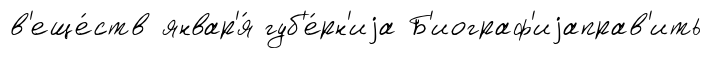
в'еще́ств январ'я́ губ'е́рн'иjа Б'иограф'иjаправ'ить